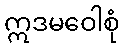
ဣဒမဝေါစုံ